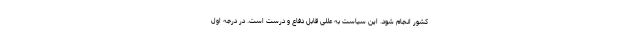
کشور انجام شود. این سیاست به عللی قابل دفاع و درست است. در درجه اول